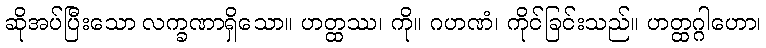
ဆိုအပ်ပြီးသော လက္ခဏာရှိသော။ ဟတ္ထဿ၊ ကို။ ဂဟဏံ၊ ကိုင်ခြင်းသည်။ ဟတ္ထဂ္ဂါဟော၊